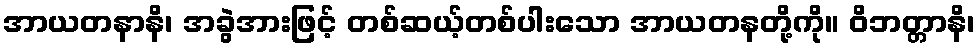
အာယတနာနိ၊ အခွဲအားဖြင့် တစ်ဆယ့်တစ်ပါးသော အာယတနတို့ကို။ ဝိဘတ္တာနိ၊